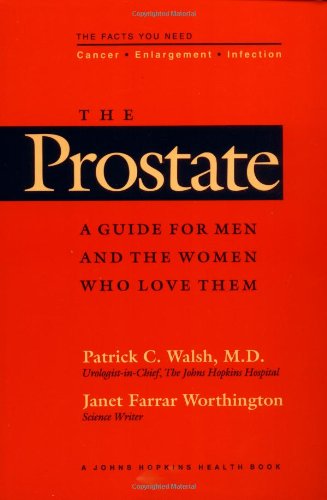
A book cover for The Prostate: A Guide for Men and the Women Who Love Them (A Johns Hopkins Press Health Book); Professor Patrick C. Walsh MD; Health, Fitness & Dieting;